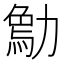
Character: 𠢰